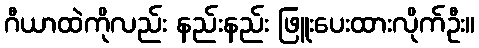
ဂီယာထဲကိုလည်း နည်းနည်း ဖြူးပေးထားလိုက်ဦး။